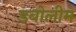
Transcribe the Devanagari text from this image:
डबोलीम